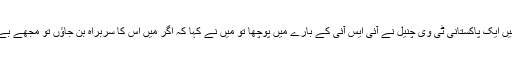
مجھ سے ماضی میں ایک پاکستانی ٹی وی چنیل نے آئی ایس آئی کے بارے میں پوچھا تو میں نے کہا کہ اگر میں اس کا سربراہ بن جاؤں تو مجھے بے حد خوشی ہو گی۔